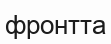
фронтта